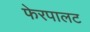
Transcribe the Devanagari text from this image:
फेरपालट